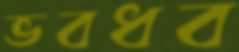
ভবধব